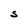
Character: S